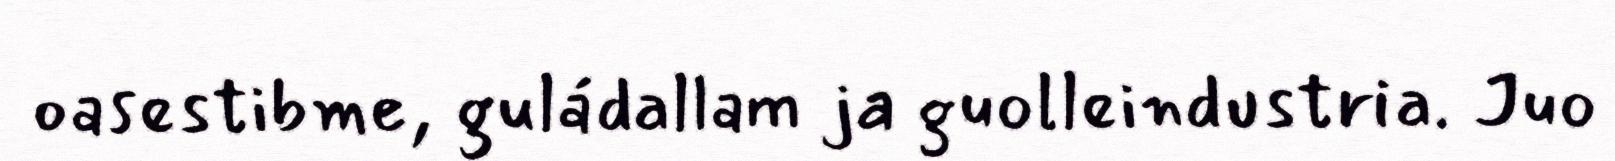
oasestibme, guládallam ja guolleindustria. Juo